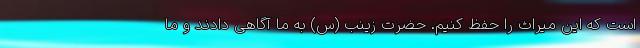
است که این میراث را حفظ کنیم. حضرت زینب (س) به ما آگاهی دادند و ما